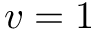
v = 1